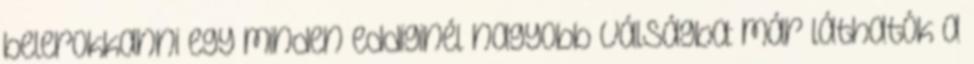
belerokkanni egy minden eddiginél nagyobb válságba: már láthatók a